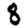
Digit: 8